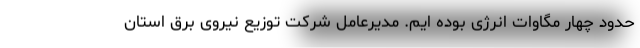
حدود چهار مگاوات انرژی بوده ایم. مدیرعامل شرکت توزیع نیروی برق استان